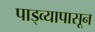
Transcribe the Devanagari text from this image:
पाड्व्यापासून